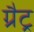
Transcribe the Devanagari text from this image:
ग्रैट्र